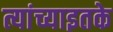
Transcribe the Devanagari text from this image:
त्यांच्याइतके